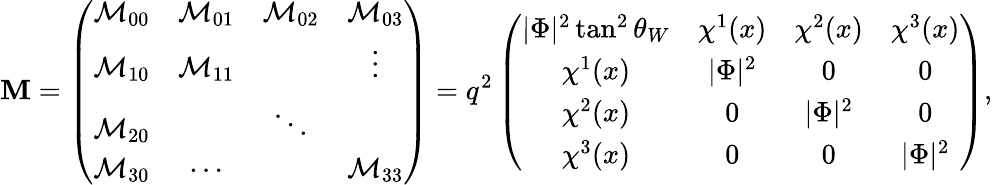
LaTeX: {\cal\mathbf{M}}=\left(\begin{array}{cccc}{{{\cal M}_{00}}}&{{{\cal M}_{01}}}&{{{\cal M}_{02}}}&{{{\cal M}_{03}}}\\ {{{\cal M}_{10}}}&{{{\cal M}_{11}}}&{{}}&{{\vdots}}\\ {{{\cal M}_{20}}}&{{}}&{{\ddots}}&{{}}\\ {{{\cal M}_{30}}}&{{\cdots}}&{{}}&{{{\cal M}_{33}}}\end{array}\right)=q^{2}\left(\begin{array}{cccc}{{|\Phi|^{2}\tan^{2}\theta_{W}}}&{{\chi^{1}(x)}}&{{\chi^{2}(x)}}&{{\chi^{3}(x)}}\\ {{\chi^{1}(x)}}&{{|\Phi|^{2}}}&{{0}}&{{0}}\\ {{\chi^{2}(x)}}&{{0}}&{{|\Phi|^{2}}}&{{0}}\\ {{\chi^{3}(x)}}&{{0}}&{{0}}&{{|\Phi|^{2}}}\end{array}\right),